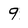
Character: 9